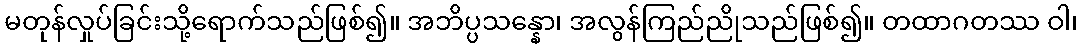
မတုန်လှုပ်ခြင်းသို့ရောက်သည်ဖြစ်၍။ အဘိပ္ပသန္နော၊ အလွန်ကြည်ညိုသည်ဖြစ်၍။ တထာဂတဿ ဝါ၊